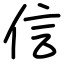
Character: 信